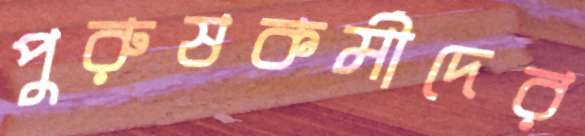
পুরুষকর্মীদের